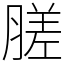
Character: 䐤